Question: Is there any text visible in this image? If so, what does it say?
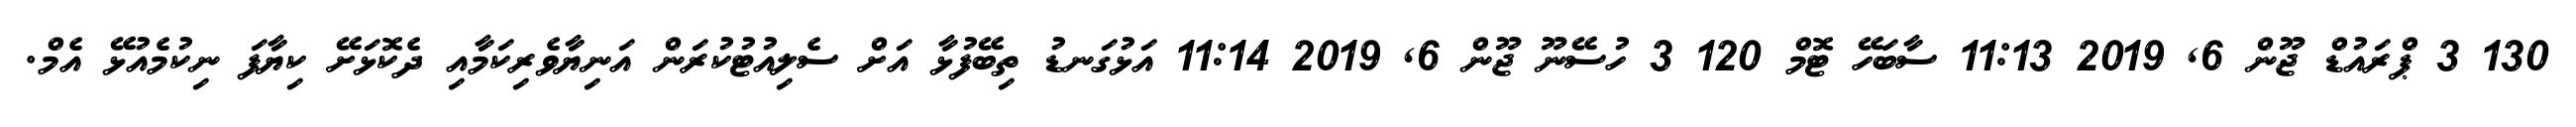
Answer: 130 3 ޕްރައުޑް ޖޫން 6, 2019 11:13 ސާބަހޭ ޓޮމް 120 3 ހުސޭނޫ ޖޫން 6, 2019 11:14 އަޅުގަނޑު ތިބޭފުޅާ އަށް ސެލިއުޓުކުރަން އަނިޔާވެރިކަމާއި ދެކޮޅަށޭ ކިޔާފަ ނިކުމެއުޅޭ އެމް.